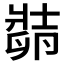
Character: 𱑛